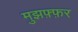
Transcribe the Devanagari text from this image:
मुझफ़्फ़र